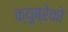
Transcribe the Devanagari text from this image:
क्युब्रेको